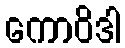
ကောဝိဒါ